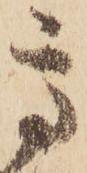
高